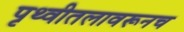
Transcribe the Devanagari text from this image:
पृथ्वीतलावरूनच